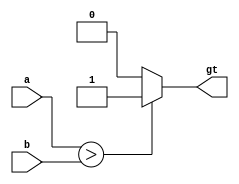
module Comparator (input wire [31:0] a,input wire [31:0] b,output wire gt);
	assign gt = a > b ? 1 : 0;
endmodule